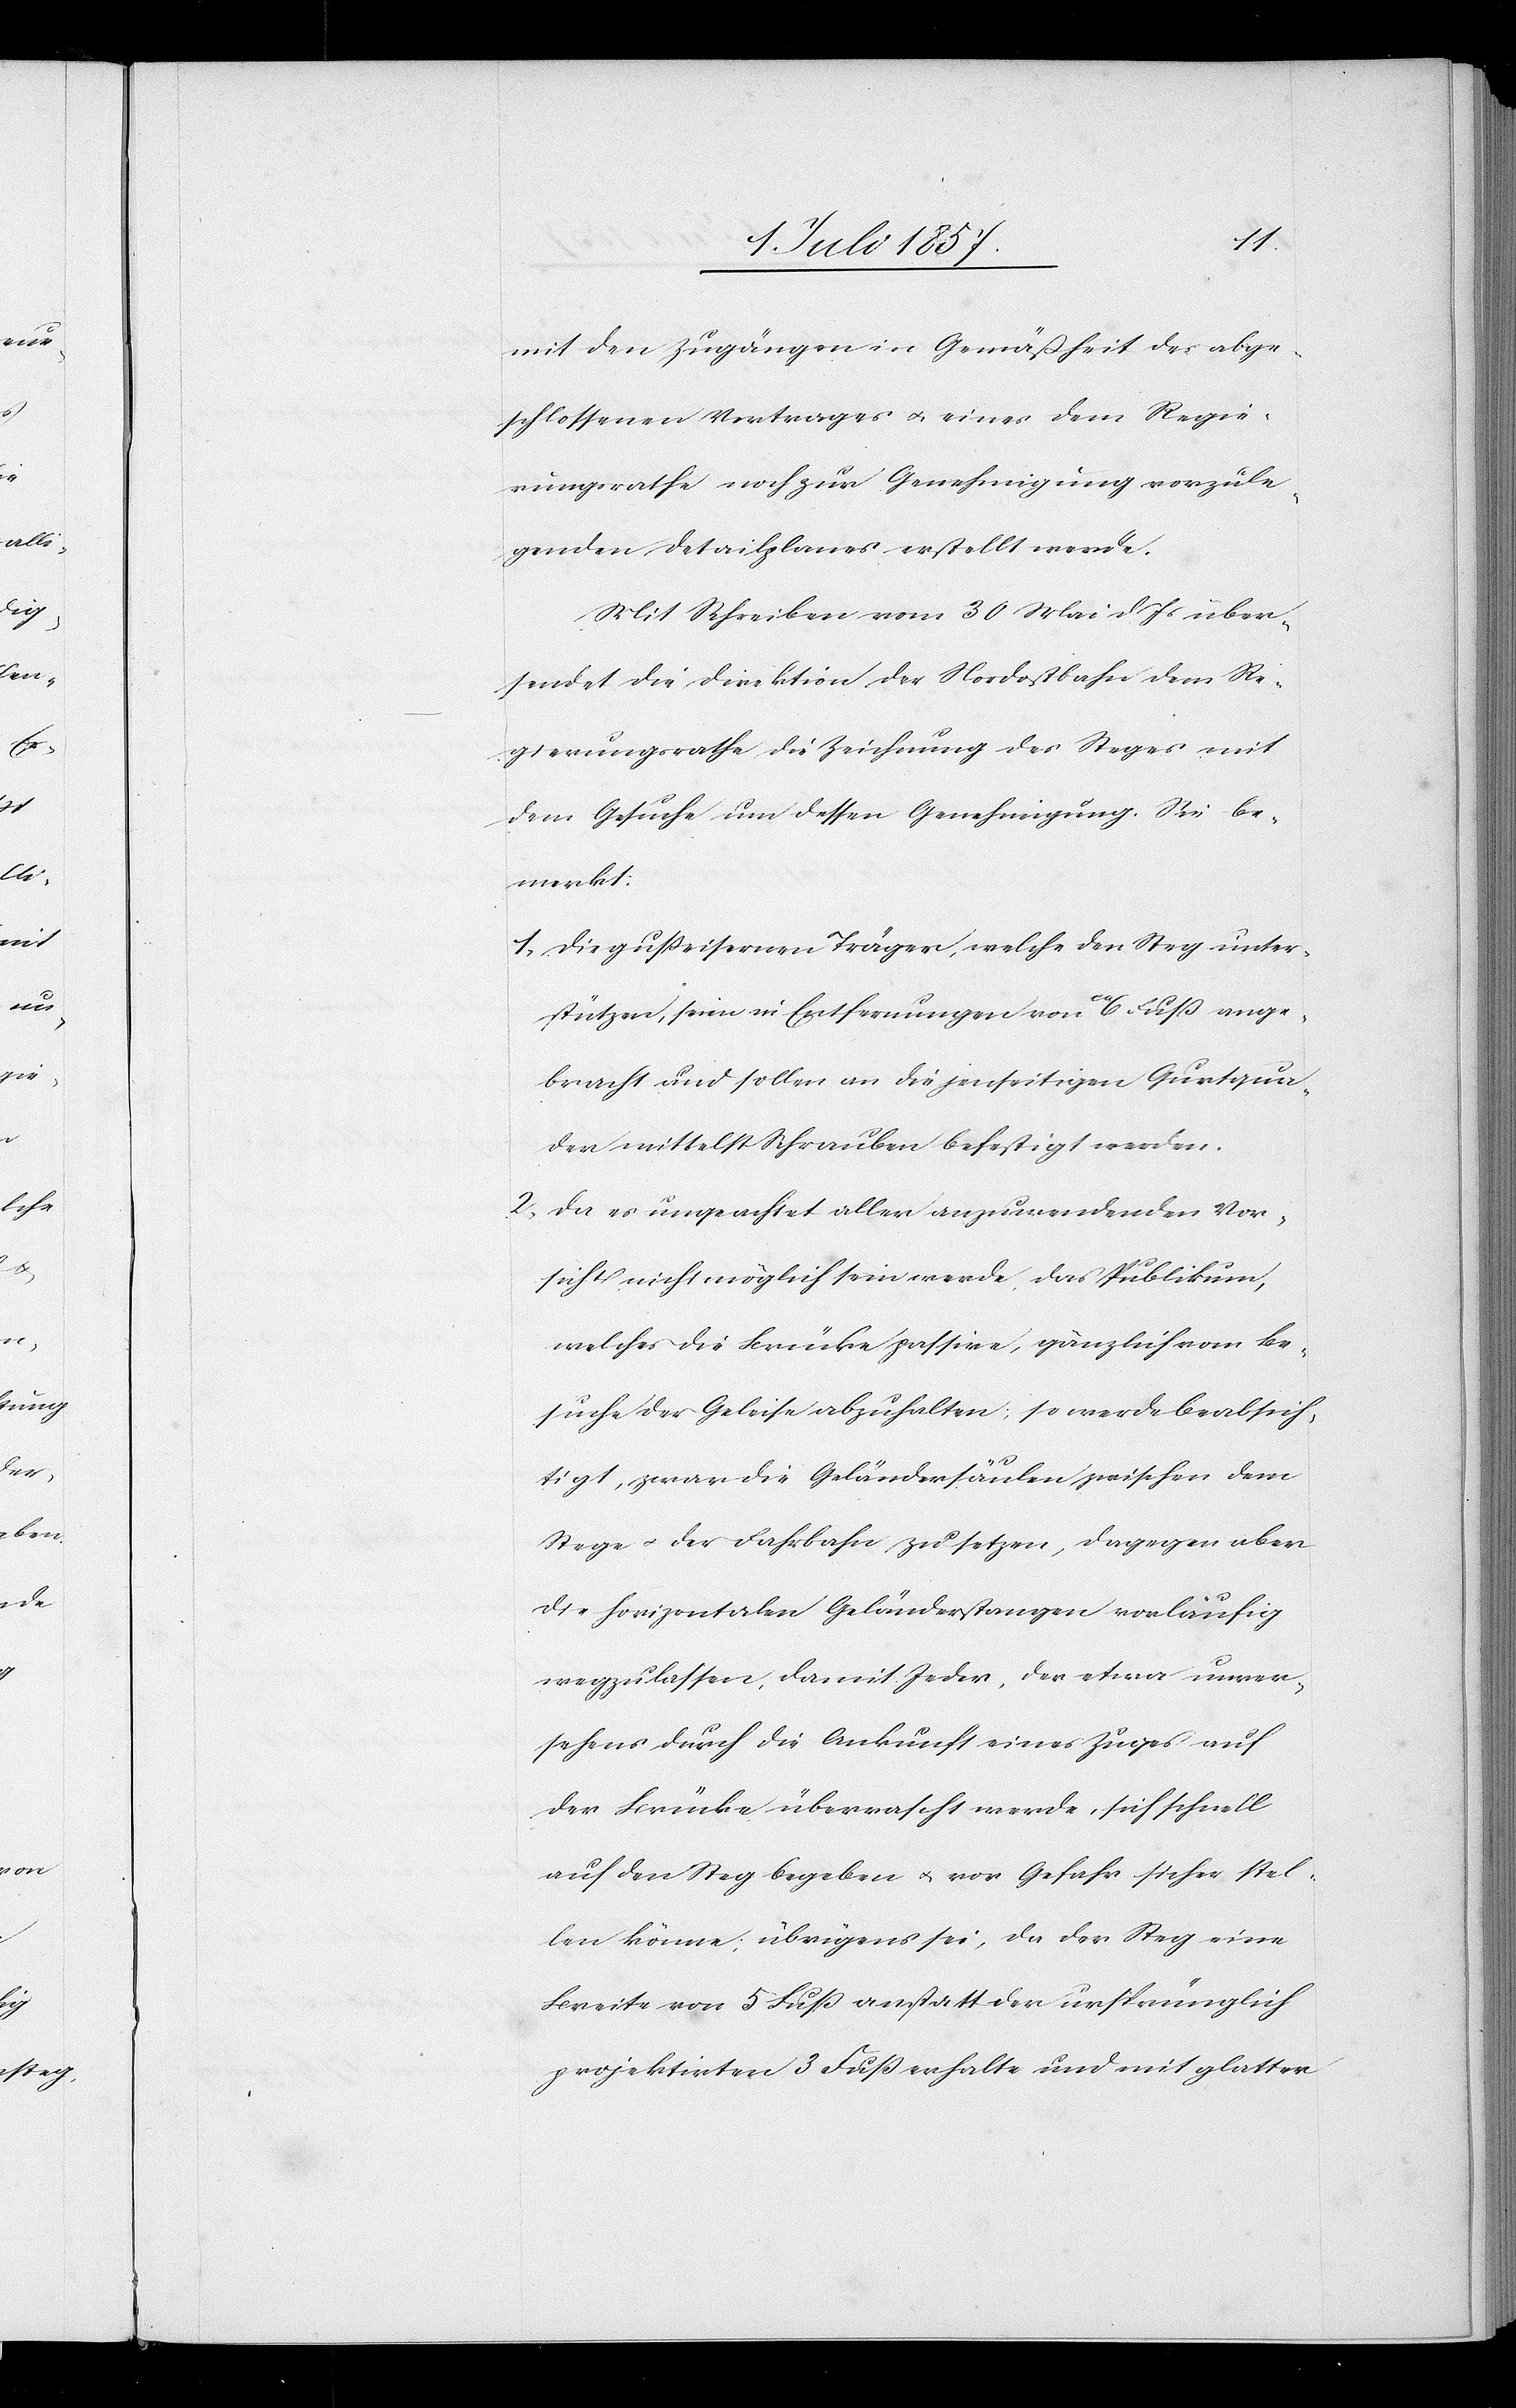
mit den Zugängen in Gemäßheit des abge¬
schlossenen Vertrages & eines dem Regie¬
rungsrathe noch zur Genehmigung vorzule¬
genden Detailplanes erstellt werde.
Mit Schreiben vom 30 Mai d. Js. über¬
sendet die Direktion der Nordostbahn dem Re¬
gierungsrathe die Zeichnung des Steges mit
dem Gesuche um dessen Genehmigung. Sei be¬
merkt:
1. Die gußeisernen Träger, welche den Steg unter¬
stützen, seien in Entfernungen von ca 6 Fuß ange¬
bracht und sollen an die jenseitigen Gurtqua¬
der mittelst Schrauben befestigt werden.
2. Da es ungeachtet aller anzuwendenden Vor¬
sicht nicht möglich sein werde das Publikum,
welches die Brücke passire, gänzlich vom Be¬
suche der Geleise abzuhalten, so werde beabsich¬
tigt, zwar die Geländersäulen zwischen dem
Wege & der Fahrbahn zu setzen, dagegen aber
die horizontalen Gebäudestangen vorläufig
wegzulassen, damit jeder, der etwa unver¬
sehens durch die Ankunft eines Zuges auf
der Brücke überrascht werde, sich schnell
auf den Weg begeben & vor Gefahr sicher stel¬
len könne; übrigens sei, da der Steg eine
Breite von 5 Fuß anstatt der ursprünglich
projektirten 3 Fuß erhalte und mit glatter